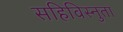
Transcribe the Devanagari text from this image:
सहिविस्नुता